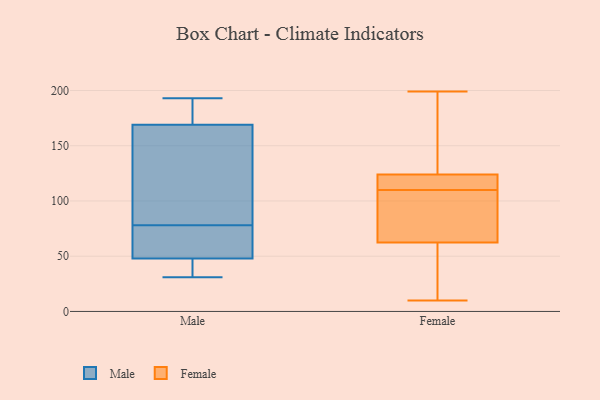
{"axis": {"x": "Backlog", "y": "Value"}, "legend": ["Female", "Male"], "data": [{"x": "", "y": 66, "type": "Male"}, {"x": "", "y": 175, "type": "Male"}, {"x": "", "y": 193, "type": "Male"}, {"x": "", "y": 44, "type": "Male"}, {"x": "", "y": 147, "type": "Male"}, {"x": "", "y": 90, "type": "Male"}, {"x": "", "y": 31, "type": "Male"}, {"x": "", "y": 179, "type": "Male"}, {"x": "", "y": 60, "type": "Male"}, {"x": "", "y": 163, "type": "Male"}, {"x": "", "y": 52, "type": "Male"}, {"x": "", "y": 33, "type": "Male"}, {"x": "", "y": 112, "type": "Female"}, {"x": "", "y": 102, "type": "Female"}, {"x": "", "y": 109, "type": "Female"}, {"x": "", "y": 111, "type": "Female"}, {"x": "", "y": 165, "type": "Female"}, {"x": "", "y": 119, "type": "Female"}, {"x": "", "y": 72, "type": "Female"}, {"x": "", "y": 10, "type": "Female"}, {"x": "", "y": 139, "type": "Female"}, {"x": "", "y": 15, "type": "Female"}, {"x": "", "y": 110, "type": "Female"}, {"x": "", "y": 199, "type": "Female"}, {"x": "", "y": 34, "type": "Female"}]}